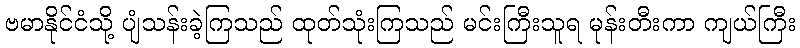
ဗမာနိုင်ငံသို့ ပျံသန်းခဲ့ကြသည် ထုတ်သုံးကြသည် မင်းကြီးသူရ မုန်းတီးကာ ကျယ်ကြီး